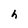
Character: h